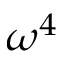
\omega ^ { 4 }